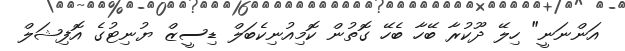
އަންނަނީ" ހިލޭ ދޫކުރާ ބޭހާ ބެހޭ ގޮތުން ކޮމިއުނިކެބަލް ޑިސީޒް ޔުނިޓުގެ އޮފިޝަލް